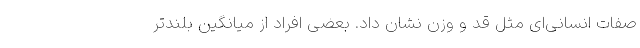
صفات انسانی‌ای مثل قد و وزن نشان داد. بعضی افراد از میانگین بلندتر